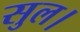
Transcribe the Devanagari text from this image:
सुल।